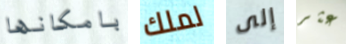
بامكانها لملك إلى عثر